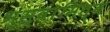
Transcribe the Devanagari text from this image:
भूस्वामित्व